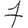
Digit: 7